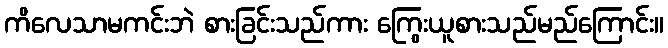
ကိလေသာမကင်းဘဲ စားခြင်းသည်ကား ကြွေးယူစားသည်မည်ကြောင်း။